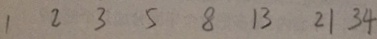
1 2 3 5 8 1 3 2 1 3 4